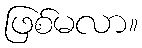
ဖြစ်မလာ။